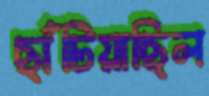
ছাঁটিয়াছিল